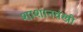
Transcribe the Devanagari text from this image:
शाशानवंखी